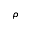
\rho